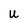
Character: U